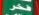
فخر